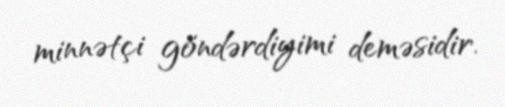
minnətçi göndərdiyimi deməsidir.